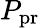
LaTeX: P_{\mathrm{pr}}